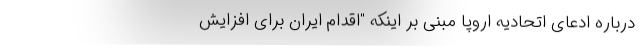
درباره ادعای اتحادیه اروپا مبنی بر اینکه "اقدام ایران برای افزایش